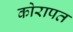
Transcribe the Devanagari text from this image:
कोरापत